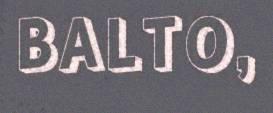
BALTO,